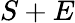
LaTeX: S+E